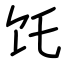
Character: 饦